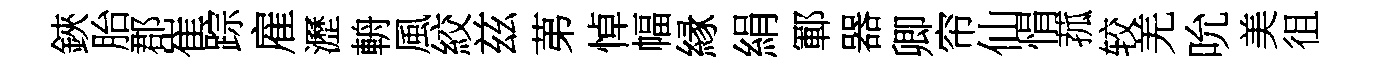
鋏胎郡崔踪雇瀝輈風絞兹苐悼幅縁絹鄆器卿帘仙悁菰较羌吮美徂